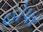
હોપર